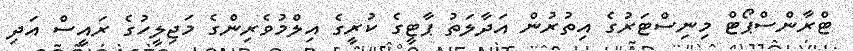
ޓްރާންސްޕޯޓް މިނިސްޓަރުގެ އިތުރުން އަދާލަތު ޕާޓީގެ ކުރީގެ އިލްމުވެރިންގެ މަޖިލީހުގެ ރައީސް އަދި